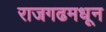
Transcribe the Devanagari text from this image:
राजगढमधून